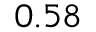
_ { 0 . 5 8 }